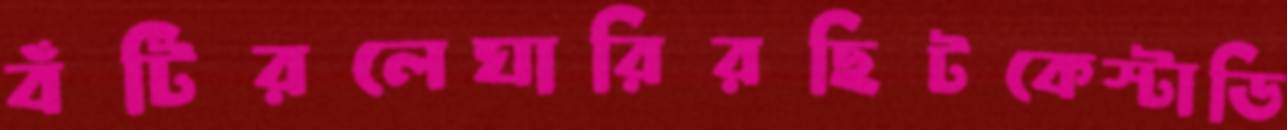
বঁটিরলেঘারিরছিটকেস্টাডি